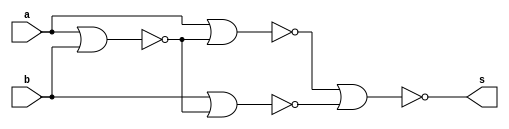
// -------------------------
// Exemplo_0506
// Laura Iara Silva Santos Xavier - 734661
// -------------------------

module f5a ( output s, input a, input b );
// definir dado local
wire n, m, o;
// descrever por portas
nor NOR1(n,a,b);
nor NOR2(m,a,n);
nor NOR3(o,b,n);
nor NOR4(s,m,o);

endmodule // f5a

module f5b ( output s, input a, input b );
// descrever por expressao
assign s = ~(a^b);
endmodule // f5b

module test_f5;
// ------------------------- definir dados
reg x;
reg y;
wire a, b;
f5a moduloA ( a, x, y );
f5b moduloB ( b, x, y );
// ------------------------- parte principal
initial
begin : main
$display("Exemplo_0505 - Laura Iara Silva Santos Xavier - 734661");
$display("Test module");
$display(" x y a b");

// projetar testes do modulo
$monitor("%4b %4b %4b %4b", x, y, a, b);
x = 1'b0; y = 1'b0;
#1 x = 1'b0; y = 1'b1;
#1 x = 1'b1; y = 1'b0;
#1 x = 1'b1; y = 1'b1;
end
endmodule // test_f5